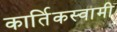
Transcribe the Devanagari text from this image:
कार्तिकस्‍वामी